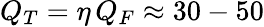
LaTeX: Q_{T}=\eta\, Q_{F}\approx 30-50